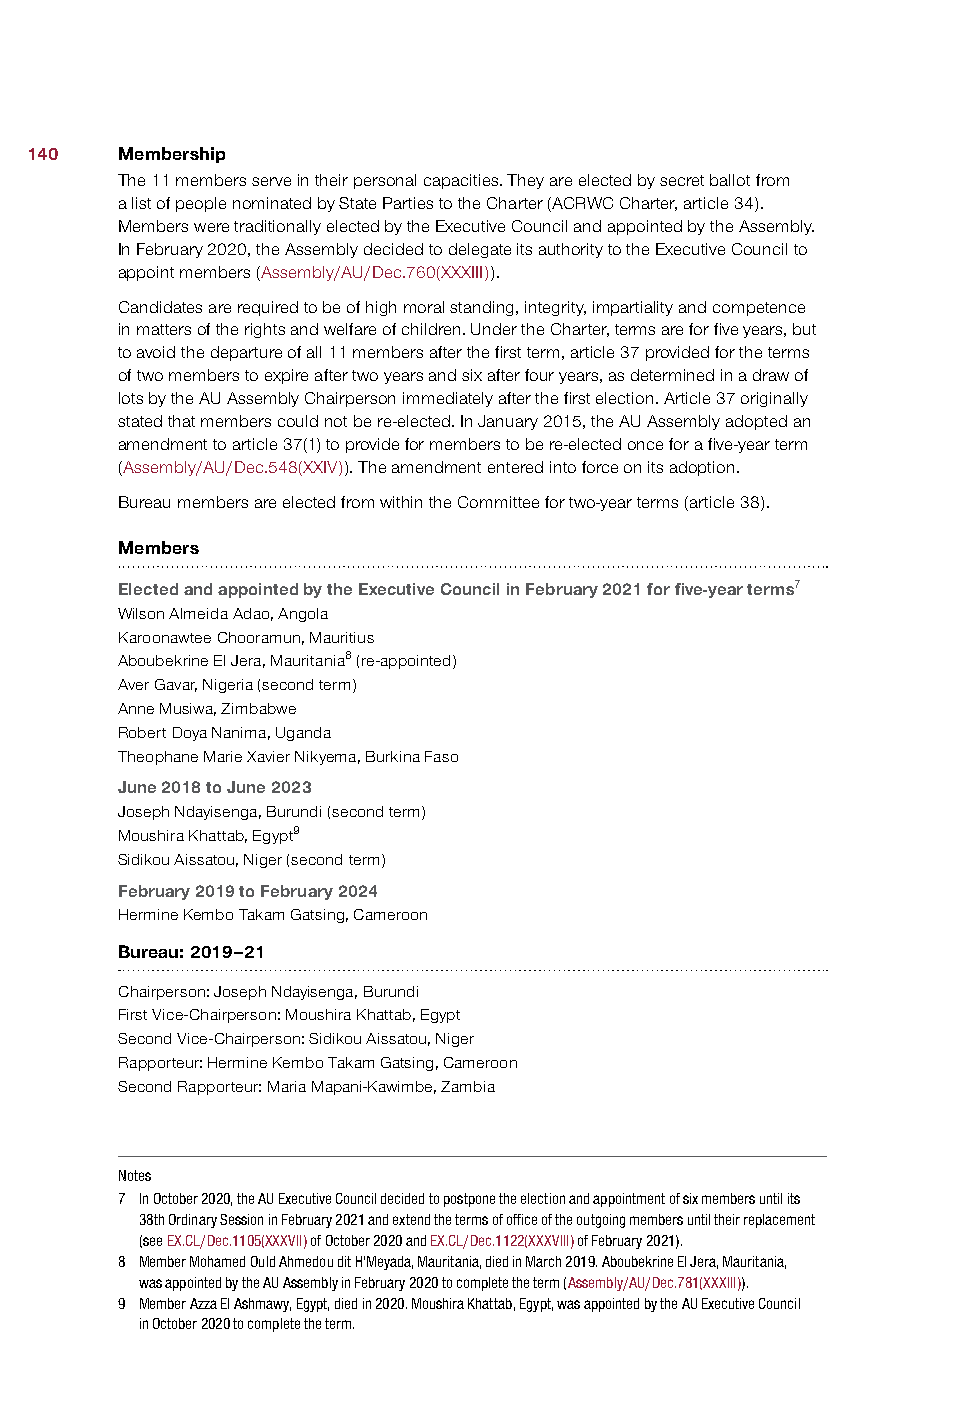
140   Membership
 The 11 members serve in their personal capacities. They are elected by secret ballot from
 a list of people nominated by State Parties to the Charter (ACRWC Charter, article 34).
 Members were traditionally elected by the Executive Council and appointed by the Assembly.
 In February 2020, the Assembly decided to delegate its authority to the Executive Council to
 appoint members (Assembly/AU/Dec.760(XXXIII)).
 Candidates are required to be of high moral standing, integrity, impartiality and competence
 in matters of the rights and welfare of children. Under the Charter, terms are for five years, but
 to avoid the departure of all 11 members after the first term, article 37 provided for the terms
 of two members to expire after two years and six after four years, as determined in a draw of
 lots by the AU Assembly Chairperson immediately after the first election. Article 37 originally
 stated that members could not be re-elected. In January 2015, the AU Assembly adopted an
 amendment to article 37(1) to provide for members to be re-elected once for a five-year term
 (Assembly/AU/Dec.548(XXIV)). The amendment entered into force on its adoption.
 Bureau members are elected from within the Committee for two-year terms (article 38).
 Members
 Elected and appointed by the Executive Council in February 2021 for five-year terms7
 Wilson Almeida Adao, Angola
 Karoonawtee Chooramun, Mauritius
 Aboubekrine El Jera, Mauritania8 (re-appointed)
 Aver Gavar, Nigeria (second term)
 Anne Musiwa, Zimbabwe
 Robert Doya Nanima, Uganda
 Theophane Marie Xavier Nikyema, Burkina Faso
 June 2018 to June 2023
 Joseph Ndayisenga, Burundi (second term)
 Moushira Khattab, Egypt9
 Sidikou Aissatou, Niger (second term)
 February 2019 to February 2024
 Hermine Kembo Takam Gatsing, Cameroon
 Bureau: 2019–21
 Chairperson: Joseph Ndayisenga, Burundi
 First Vice-Chairperson: Moushira Khattab, Egypt
 Second Vice-Chairperson: Sidikou Aissatou, Niger
 Rapporteur: Hermine Kembo Takam Gatsing, Cameroon
 Second Rapporteur: Maria Mapani-Kawimbe, Zambia
 Notes
 7 In October 2020, the AU Executive Council decided to postpone the election and appointment of six members until its
 38th Ordinary Session in February 2021 and extend the terms of office of the outgoing members until their replacement
 (see EX.CL/Dec.1105(XXXVII) of October 2020 and EX.CL/Dec.1122(XXXVIII) of February 2021).
 8 Member Mohamed Ould Ahmedou dit H’Meyada, Mauritania, died in March 2019. Aboubekrine El Jera, Mauritania,
 was appointed by the AU Assembly in February 2020 to complete the term (Assembly/AU/Dec.781(XXXIII)).
 9 Member Azza El Ashmawy, Egypt, died in 2020. Moushira Khattab, Egypt, was appointed by the AU Executive Council
 in October 2020 to complete the term.